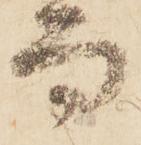
而